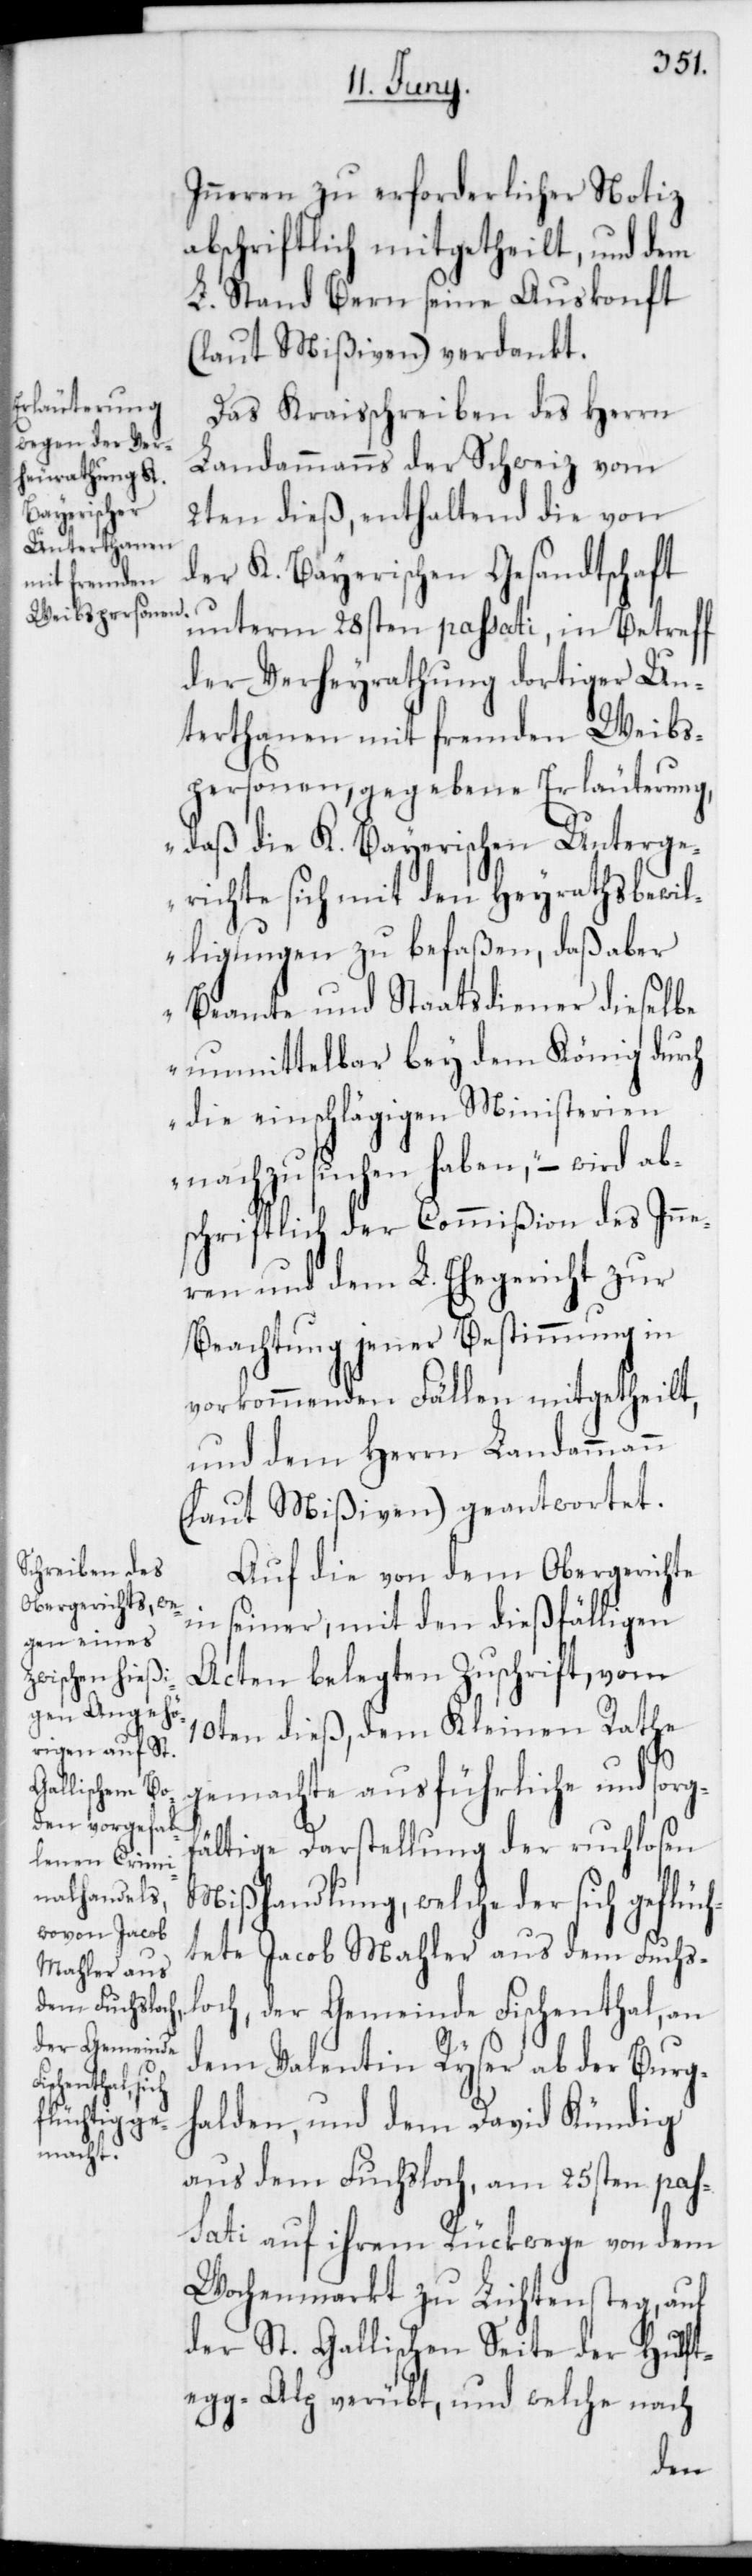
Inneren zu erforderlicher Notiz
abschriftlich mitgetheilt, und dem
L. Stand Bern seine Auskonft
(laut Mißiven) verdankt.
Das Kraisschreiben des Herrn
Landammanns der Schweiz vom
2ten dieß, enthaltend die von
der K. Bayerischen Gesandtschaft
unterm 28sten passati, in Betreff
der Verheyrathung dortiger Un¬
terthanen mit fremden Weibs¬
personen, gegebene Erläuterung,
„daß die K. Bayerischen Unterge¬
richte sich mit den Heyrathsbewil¬
ligungen zu befaßen, daß aber
Beamte und Staatsdiener dieselbe
unmittelbar bey dem König durch
die einschlägigen Ministerien
nachzusuchen haben“ – wird ab¬
schriftlich der Commißion des Inn¬
eren und dem L. Ehegericht zur
Beachtung jener Bestimmung in
vorkommenden Fällen mitgetheilt,
und dem Herrn Landammann
(laut Mißiven) geantwortet.
Auf die von dem Obergerichte
in seiner, mit den dießfälligen
Acten belegten Zuschrift, vom
10ten dieß, dem Kleinen Rathe
gemachte ausführliche und sorgf¬
ältige Darstellung der ruchlosen
Mißhandlung, welche der sich geflüc¬
htete Jacob Mahler aus dem Fuchs¬
loch, der Gemeinde Fischenthal, an
dem Valentin Ryser ab der Burg¬
halden, und dem David Kündig
aus dem Fuchsloch, am 25sten pas¬
sati auf ihrem Rückwege von dem
Wochenmarkt zu Lichtensteg, auf
der St. Gallischen Seite der Hulft¬
egg-Alp verübt, und welche nach